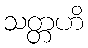
သတ္တဟိ